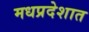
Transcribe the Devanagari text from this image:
मधप्रदेशात